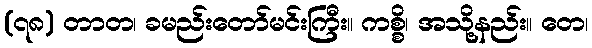
(၇၈) တာတ၊ ခမည်းတော်မင်းကြီး။ ကစ္စိ၊ အသို့နည်း။ တေ၊